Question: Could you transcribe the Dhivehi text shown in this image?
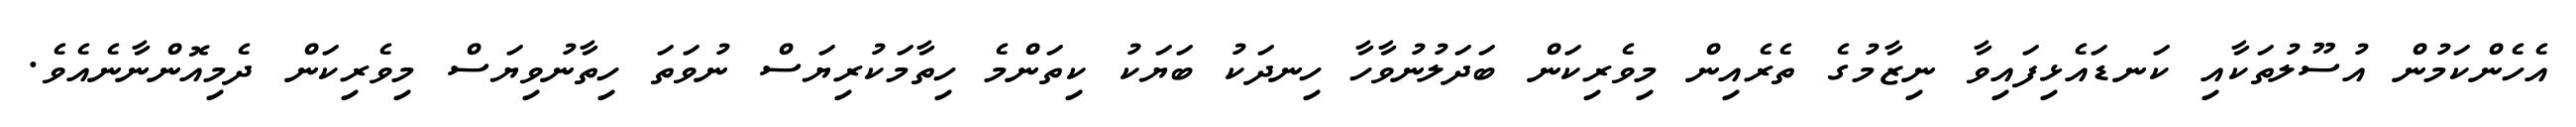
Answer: އެހެންކަމުން އުސޫލުތަކާއި ކަނޑައެޅިފައިވާ ނިޒާމުގެ ތެރެއިން މިވެރިކަން ބަދަލުނުވާހާ ހިނދަކު ބަޔަކު ކިތަންމެ ހިތާމަކުރިޔަސް ނުވަތަ ހިތާނުވިޔަސް މިވެރިކަން ދެމިއޮންނާނެއެވެ.